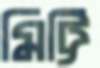
মিট্টি